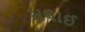
સલાઈ